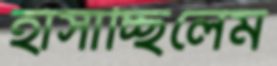
হাঁসাচ্ছিলেম